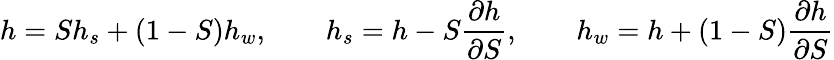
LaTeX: h=Sh_{s}+(1-S)h_{w},\qquad h_{s}=h-S\frac{\partial h}{\partial S},\qquad h_{w}=h+(1-S)\frac{\partial h}{\partial S}